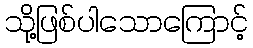
သို့ဖြစ်ပါသောကြောင့်